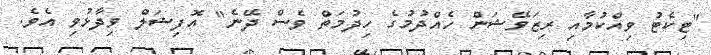
"ޓިކެޓު ވިއްކުމާއި ރިޒަވޭޝަން ހެއްދުމުގެ ހިދުމަތް ވެސް ދޭނެ" އޮފިޝަލް ވިދާޅުވި އެވެ.